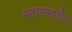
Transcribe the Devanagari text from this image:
महासंस्कृतीचा